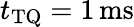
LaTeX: t_{\mathrm{TQ}}=1\, \mathrm{ms}